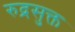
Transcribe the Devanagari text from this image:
रुद्रसुक्त